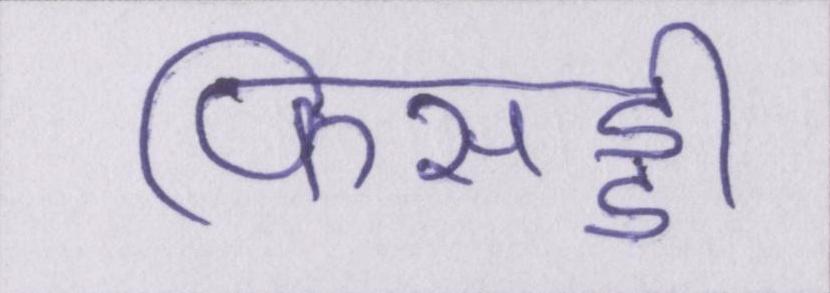
फिसड्डी